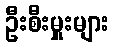
ဦးစီးမှူးများ